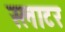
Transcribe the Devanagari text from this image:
स्‍लाटर